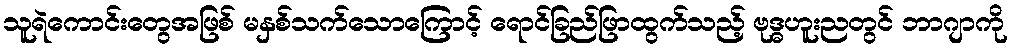
သူရဲကောင်းတွေအဖြစ် မနှစ်သက်သောကြောင့် ရောင်ခြည်ဖြာထွက်သည့် ဗုဒ္ဓဟူးညတွင် ဘာဂျာကို